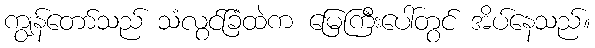
ကျွန်တော်သည် သံလွင်ခြံထဲက မြေကြီးပေါ်တွင် အိပ်နေသည်။